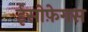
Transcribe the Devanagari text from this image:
ईसोफ़ेगस